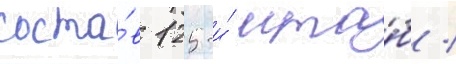
соста́в 125-и́ мта́б /